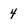
Character: 4